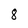
Character: 8